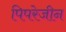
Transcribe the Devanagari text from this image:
पिपरेजीन